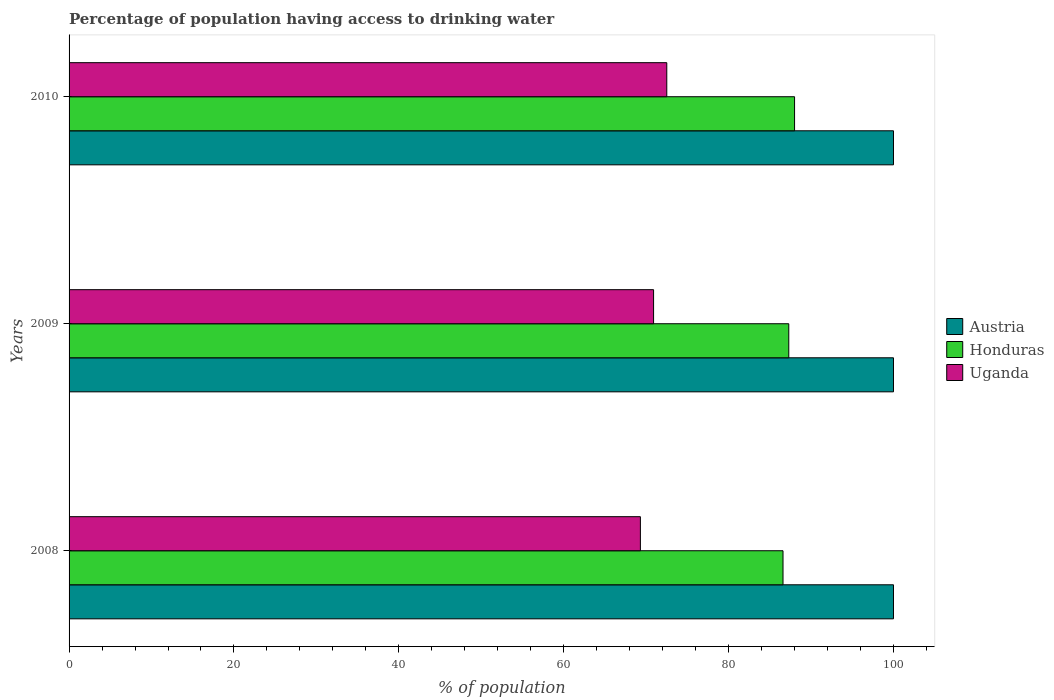
| Years | Austria | Honduras | Uganda |
 | --- | --- | --- | --- |
 | 2008 | 100 | 86.6 | 69.3 |
 | 2009 | 100 | 87.3 | 70.9 |
 | 2010 | 100 | 88 | 72.5 |